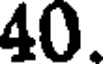
40.